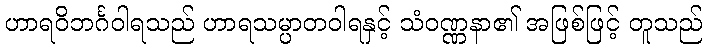
ဟာရဝိဘင်္ဂဝါရသည် ဟာရသမ္ပာတဝါရနှင့် သံဝဏ္ဏနာ၏ အဖြစ်ဖြင့် တူသည်